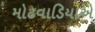
મોઢવાડિયાએ